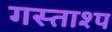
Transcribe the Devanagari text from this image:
गस्ताश्प